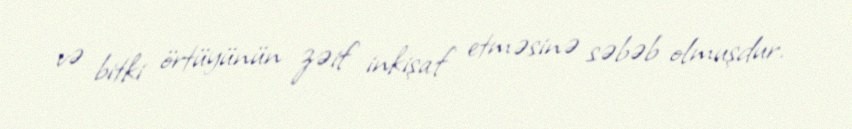
və bitki örtüyünün zəif inkişaf etməsinə səbəb olmuşdur.